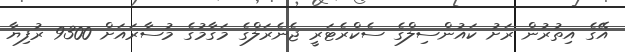
އޭގެ އިތުރުން ރަށު ކައުންސިލްގެ ސެކްރެޓަރީ ޖެނެރަލްގެ މަގާމުގެ މުސާރައަށް 9300 ރުފިޔާ